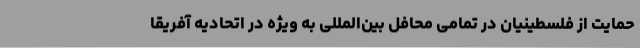
حمایت از فلسطینیان در تمامی محافل بین‌المللی به ویژه در اتحادیه آفریقا